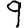
Digit: 9